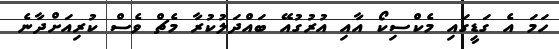
ހަމަ އެ ގަޑީގައި މެކްސިކޯ އާއި އުރުގުއޭ ބައްދަލުކުރާ މެޗް ވެސް ކުރިއަށްދާނެ